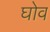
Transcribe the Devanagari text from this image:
घोव